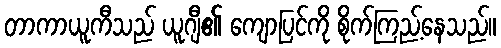
တာကာယူကီသည် ယူဂျီ၏ ကျောပြင်ကို စိုက်ကြည့်နေသည်။